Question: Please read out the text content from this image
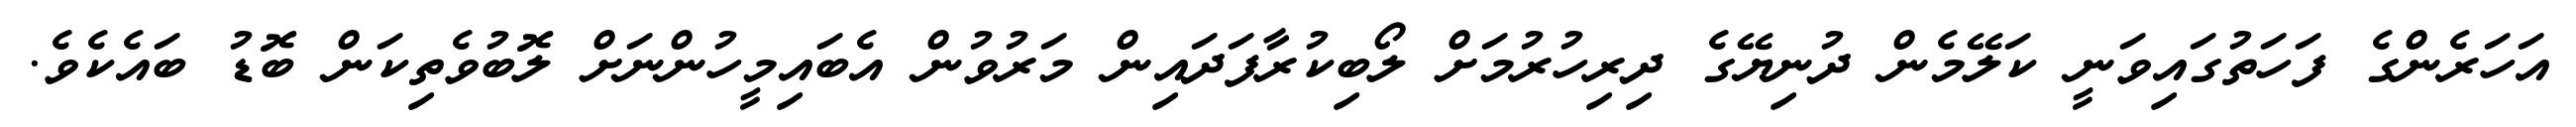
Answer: އަހަރެންގެ ފަހަތުގައިވަނީ ކަލޭމެން ދުނިޔޭގެ ދިރިހުރުމަށް ލޯބިކުރާފަދައިން މަރުވުން އެބައިމީހުންނަށް ލޮބުވެތިކަން ބޮޑު ބައެކެވެ.